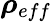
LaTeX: \boldsymbol{\rho}_{eff}